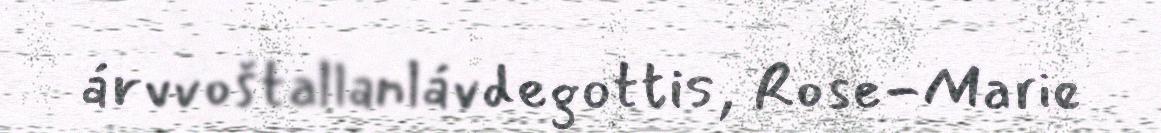
árvvoštallanlávdegottis, Rose-Marie